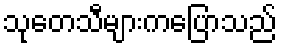
သုတေသီများကပြောသည်